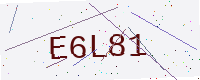
Text: E6L81